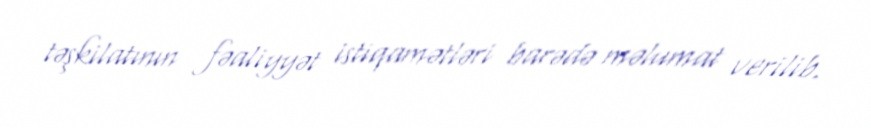
təşkilatının fəaliyyət istiqamətləri barədə məlumat verilib.